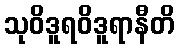
သုဝိဒူရဝိဒူရာနီတိ